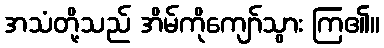
အသံတို့သည် အိမ်ကိုကျော်သွား ကြ၏။